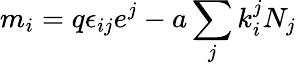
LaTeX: m_{i}=q\epsilon_{ij}e^{j}-a\sum_{j}k_{i}^{j}N_{j}